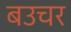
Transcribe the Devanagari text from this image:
बउचर